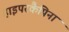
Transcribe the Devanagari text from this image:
हाइपरकैपिना